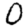
Digit: 0